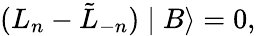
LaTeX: (L_{n}-\tilde{L}_{-n})\mid B\rangle=0,